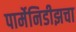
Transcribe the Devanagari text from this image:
पार्मेनिडीझचा